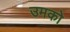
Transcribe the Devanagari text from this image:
उमको